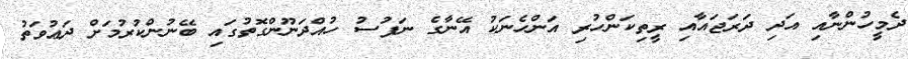
ދެމީހުންނާއި އަދި ދަރަޖައާއި ރީތިކަންހުރި އަންހެނަކު އޭނާގެ ނަފުސު ހުއްދަނޫންގޮތުގައި ބޭނުންކުރުމަށް ދަޢުވަތު